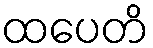
ထပေတိ